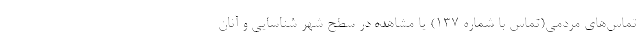
تماس‌های مردمی(تماس با شماره ۱۳۷) یا مشاهده در سطح شهر شناسایی و آنان